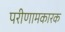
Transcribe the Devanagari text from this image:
परीणामकारक